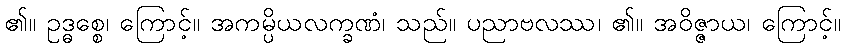
၏။ ဥဒ္ဓစ္စေ၊ ကြောင့်။ အကမ္ပိယလက္ခဏံ၊ သည်။ ပညာဗလဿ၊ ၏။ အဝိဇ္ဇာယ၊ ကြောင့်။